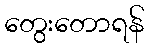
တွေးတောရန်